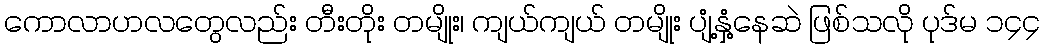
ကောလာဟလတွေလည်း တီးတိုး တမျိုး၊ ကျယ်ကျယ် တမျိုး ပျံ့နှံ့နေဆဲ ဖြစ်သလို ပုဒ်မ ၁၄၄